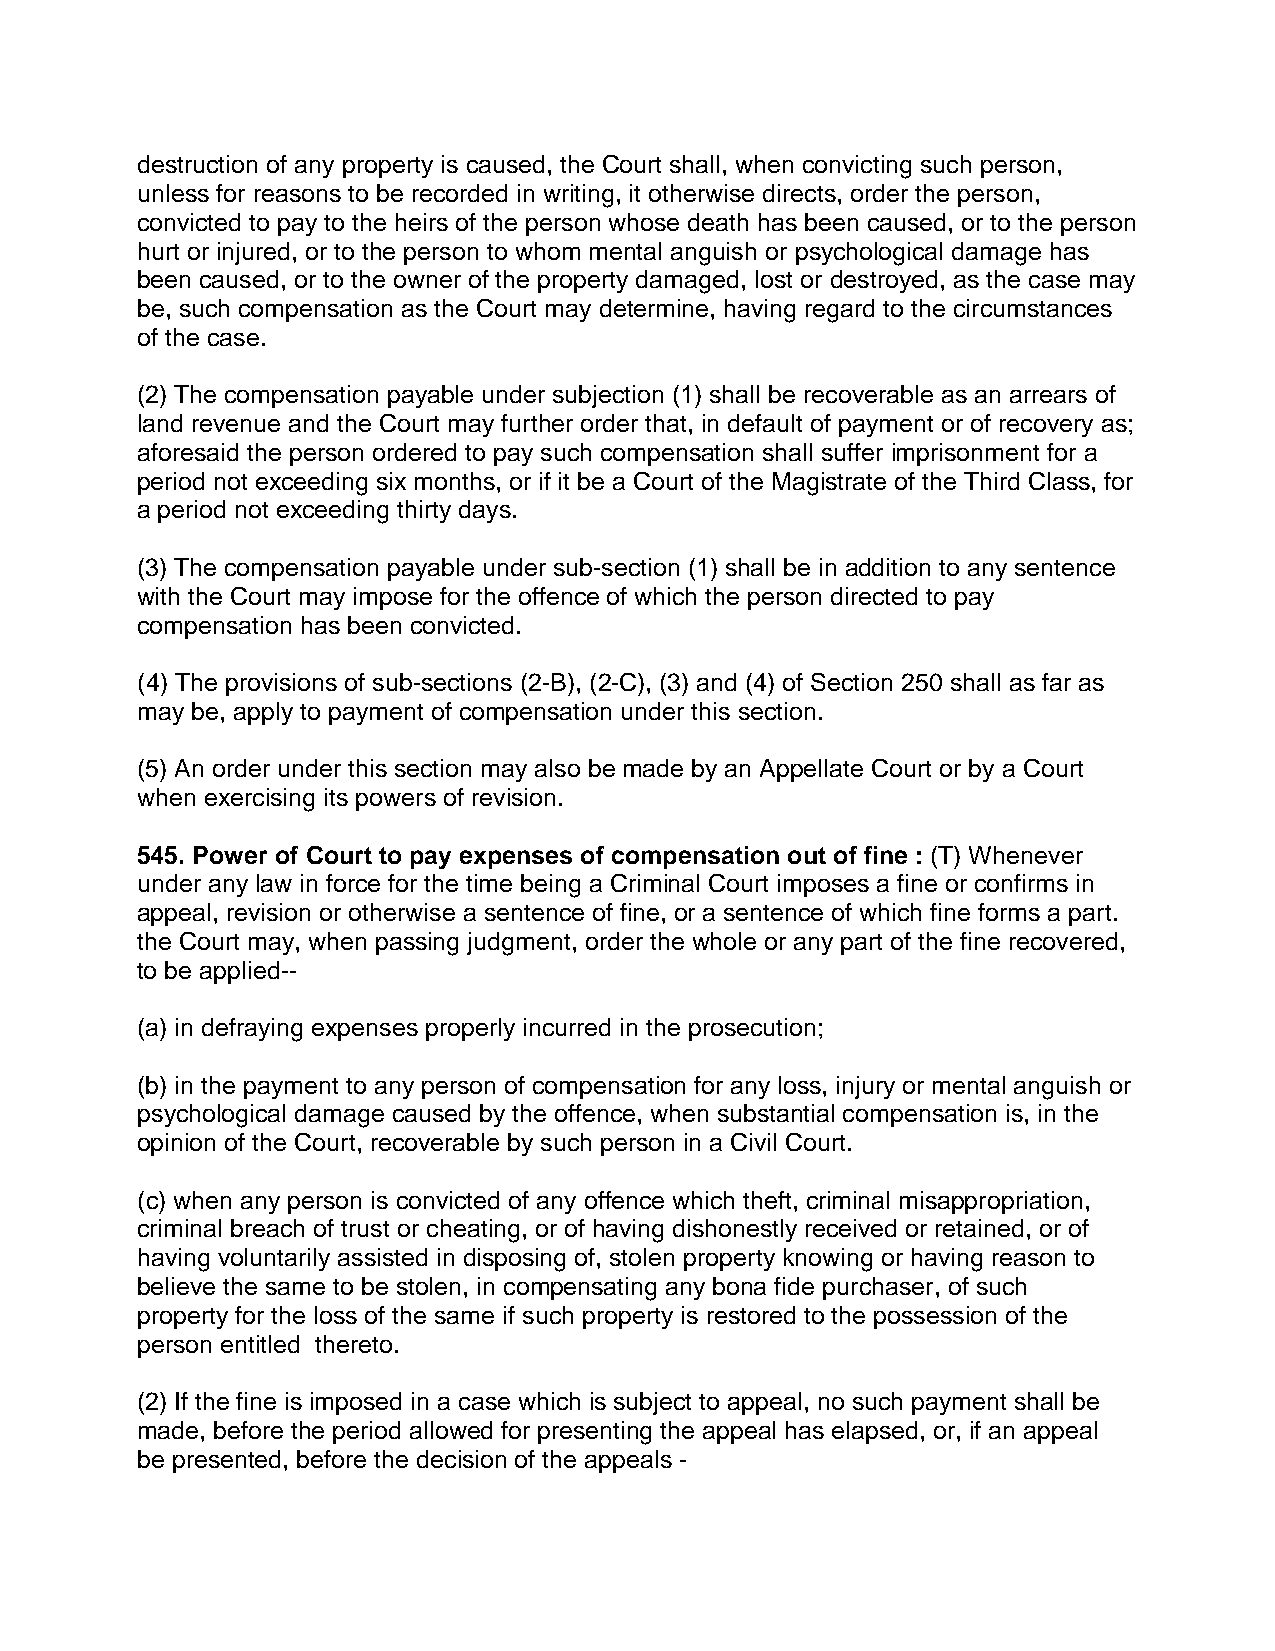
destruction of any property is caused, the Court shall, when convicting such person,
 unless for reasons to be recorded in writing, it otherwise directs, order the person,
 convicted to pay to the heirs of the person whose death has been caused, or to the person
 hurt or injured, or to the person to whom mental anguish or psychological damage has
 been caused, or to the owner of the property damaged, lost or destroyed, as the case may
 be, such compensation as the Court may determine, having regard to the circumstances
 of the case.
 (2) The compensation payable under subjection (1) shall be recoverable as an arrears of
 land revenue and the Court may further order that, in default of payment or of recovery as;
 aforesaid the person ordered to pay such compensation shall suffer imprisonment for a
 period not exceeding six months, or if it be a Court of the Magistrate of the Third Class, for
 a period not exceeding thirty days.
 (3) The compensation payable under sub-section (1) shall be in addition to any sentence
 with the Court may impose for the offence of which the person directed to pay
 compensation has been convicted.
 (4) The provisions of sub-sections (2-B), (2-C), (3) and (4) of Section 250 shall as far as
 may be, apply to payment of compensation under this section.
 (5) An order under this section may also be made by an Appellate Court or by a Court
 when exercising its powers of revision.
 545. Power of Court to pay expenses of compensation out of fine : (T) Whenever
 under any law in force for the time being a Criminal Court imposes a fine or confirms in
 appeal, revision or otherwise a sentence of fine, or a sentence of which fine forms a part.
 the Court may, when passing judgment, order the whole or any part of the fine recovered,
 to be applied--
 (a) in defraying expenses properly incurred in the prosecution;
 (b) in the payment to any person of compensation for any loss, injury or mental anguish or
 psychological damage caused by the offence, when substantial compensation is, in the
 opinion of the Court, recoverable by such person in a Civil Court.
 (c) when any person is convicted of any offence which theft, criminal misappropriation,
 criminal breach of trust or cheating, or of having dishonestly received or retained, or of
 having voluntarily assisted in disposing of, stolen property knowing or having reason to
 believe the same to be stolen, in compensating any bona fide purchaser, of such
 property for the loss of the same if such property is restored to the possession of the
 person entitled thereto.
 (2) If the fine is imposed in a case which is subject to appeal, no such payment shall be
 made, before the period allowed for presenting the appeal has elapsed, or, if an appeal
 be presented, before the decision of the appeals -